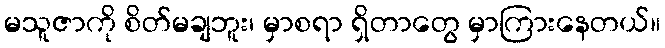
မသူဇာကို စိတ်မချဘူး၊ မှာစရာ ရှိတာတွေ မှာကြားနေတယ်။